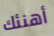
أهنئك